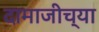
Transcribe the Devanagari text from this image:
दामाजीच्या